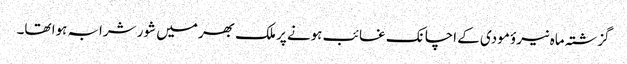
گزشتہ ماہ نیرؤ مودی کے اچانک غائب ہونے پر ملک بھر میں شور شرابہ ہوا تھا۔